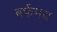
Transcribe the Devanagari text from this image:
बर्फमय